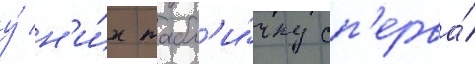
у́ н'и́х табл'и́чку сп'ерва́